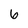
Character: 6